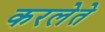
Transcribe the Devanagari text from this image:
करलेते